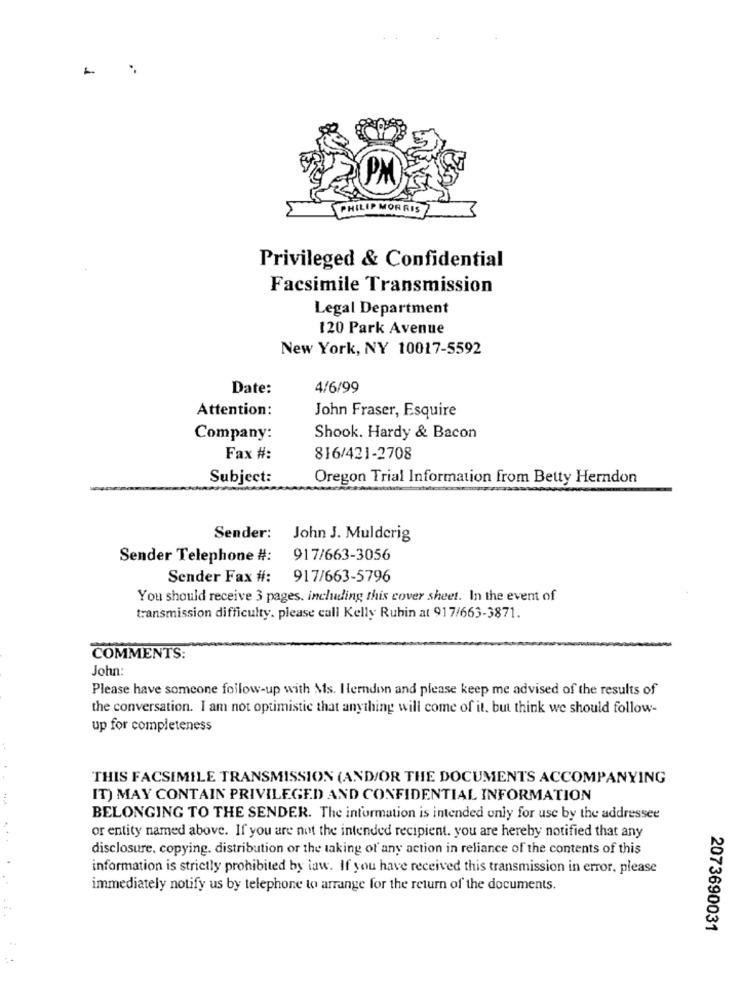
RRIS
Privileged & Confidential
Facsimile Transmission
Legal Department
120 Park Avenue
New York, NY 10017-5592
Date:
4/6/99
Attention:
John Fraser, Esquire
Company:
Shook. Hardy & Bacon
Fax #:
816/421-2708
Subject:
Oregon Trial Information from Betty Herndon
Sender:
John J. Mulderig
Sender Telephone #:
917/663-3056
Sender Fax #: 917/663-5796
You should receive 3 pages, including this cover sheet. In the event of
transmission difficulty. please call Kelly Rubin at 917/663-3871.
COMMENTS:
John:
Please have someone follow-up with Ms. Herndon and please keep me advised of the results of
the conversation. I am not optimistic that anything will come of it. but think we should follow-
up for completeness
THIS FACSIMILE TRANSMISSION (AND/OR THE DOCUMENTS ACCOMPANYING
IT) MAY CONTAIN PRIVILEGED AND CONFIDENTIAL INFORMATION
BELONGING TO THE SENDER. The information is intended only for use by the addressee
or entity named above. If you are not the intended recipient, you are hereby notified that any
disclosure, copying, distribution or the taking of any action in reliance of the contents of this
information is strictly prohibited by law. If you have received this transmission in error, please
immediately notify us by telephone to arrange for the return of the documents.
2073690031